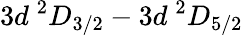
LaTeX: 3d\ ^{2}D_{3/2}-3d\ ^{2}D_{5/2}